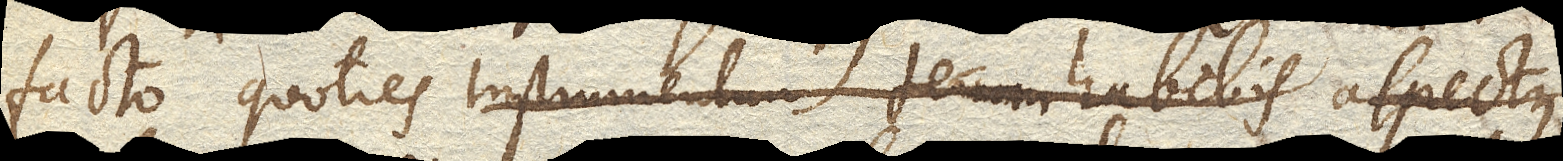
facto quoties Instrumentum tecum habebis aspectus